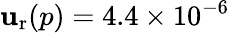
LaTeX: \mathbf{u}_{\mathrm{{r}}}(p)=4.4\times10^{-6}